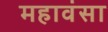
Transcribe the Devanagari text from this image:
महावंसा